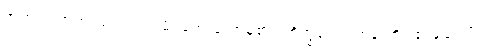
အဟံ၊ ငါဘုရားသည်။ ဝဒါမိ၊ ဟောတော်မူ၏။ ဘိက္ခဝေ၊ ရဟန်းတို့။ ဧဝရူပေါပိ၊